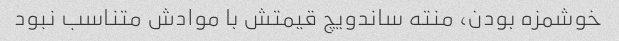
خوشمزه بودن، منته ساندویچ قیمتش با موادش متناسب نبود